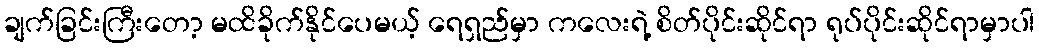
ချက်ခြင်းကြီးတော့ မထိခိုက်နိုင်ပေမယ့် ရေရှည်မှာ ကလေးရဲ့ စိတ်ပိုင်းဆိုင်ရာ ရုပ်ပိုင်းဆိုင်ရာမှာပါ